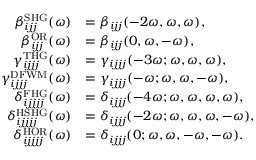
\begin{array} { r l } { \beta _ { i j j } ^ { \mathrm { S H G } } ( \omega ) } & { = \beta _ { i j j } ( - 2 \omega , \omega , \omega ) , } \\ { \beta _ { i j j } ^ { \mathrm { O R } } ( \omega ) } & { = \beta _ { i j j } ( 0 , \omega , - \omega ) , } \\ { \gamma _ { i j j j } ^ { \mathrm { T H G } } ( \omega ) } & { = \gamma _ { i j j j } ( - 3 \omega ; \omega , \omega , \omega ) , } \\ { \gamma _ { i j j j } ^ { \mathrm { D F W M } } ( \omega ) } & { = \gamma _ { i j j j } ( - \omega ; \omega , \omega , - \omega ) , } \\ { \delta _ { i j j j j } ^ { \mathrm { F H G } } ( \omega ) } & { = \delta _ { i j j j } ( - 4 \omega ; \omega , \omega , \omega , \omega ) , } \\ { \delta _ { i j j j j } ^ { \mathrm { H S H G } } ( \omega ) } & { = \delta _ { i j j j } ( - 2 \omega ; \omega , \omega , \omega , - \omega ) , } \\ { \delta _ { i j j j j } ^ { \mathrm { H O R } } ( \omega ) } & { = \delta _ { i j j j } ( 0 ; \omega , \omega , - \omega , - \omega ) . } \end{array}